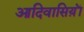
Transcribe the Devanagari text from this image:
आदिवासिय़ॊं